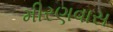
મીરણવાસ